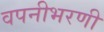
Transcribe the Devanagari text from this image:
वपनीभरणी